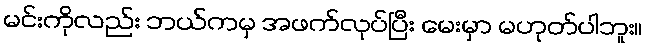
မင်းကိုလည်း ဘယ်ကမှ အဖက်လုပ်ပြီး မေးမှာ မဟုတ်ပါဘူး။